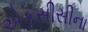
એફસીસીના